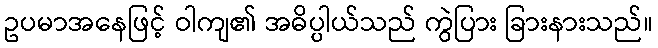
ဥပမာအနေဖြင့် ဝါကျ၏ အဓိပ္ပါယ်သည် ကွဲပြား ခြားနားသည်။